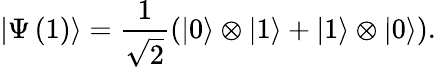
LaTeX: \left|\Psi\left(1\right)\right\rangle=\frac{1}{\sqrt{2}}\left(\left|0\right\rangle\otimes\left|1\right\rangle+\left|1\right\rangle\otimes\left|0\right\rangle\right).